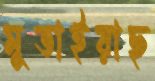
মুতাইয়াছ